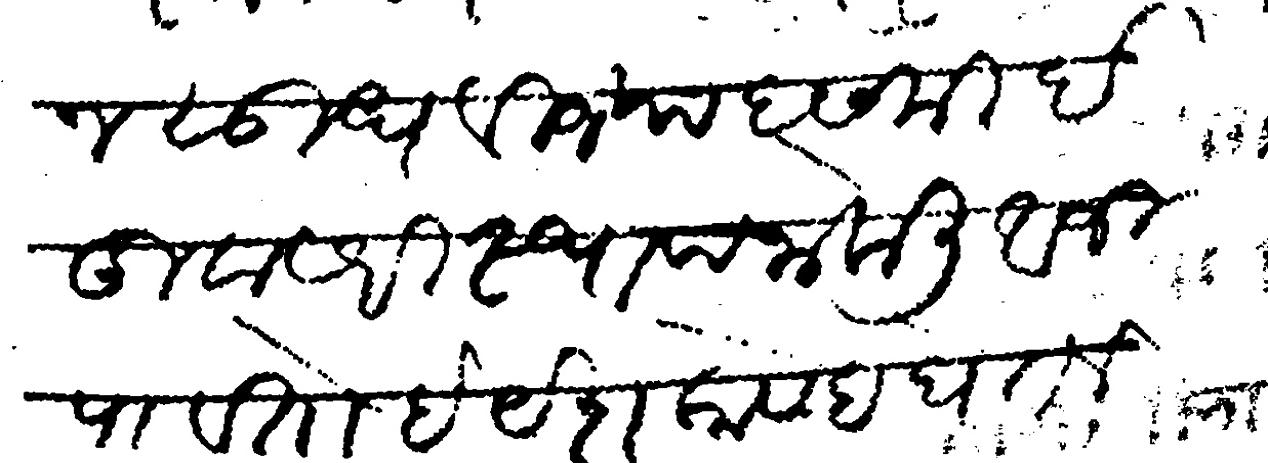
Transliteration (Devanagari): अस्वीन सुध वीजया दसमी ईदुवासरी स्थापना केली अजी पावतो हे घेतले